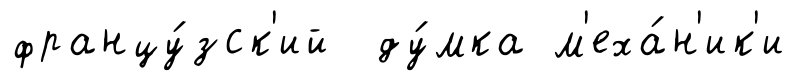
францу́зск'ий ду́мка м'еха́н'ик'и